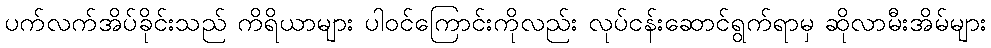
ပက်လက်အိပ်ခိုင်းသည် ကိရိယာများ ပါဝင်ကြောင်းကိုလည်း လုပ်ငန်းဆောင်ရွက်ရာမှ ဆိုလာမီးအိမ်များ